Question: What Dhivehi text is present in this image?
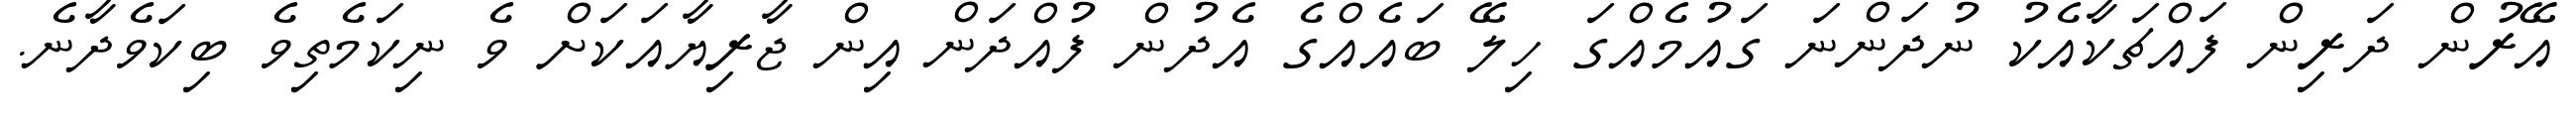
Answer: އޭރުން ދަރިން ފައްޗަކާއެކު ނުދަންނަ ގައުމެއްގަ ހިލޭ ބައެއްގެ އެދުން ފުއްދަން އިން ޖާރިޔާއަކަށް ވެ ނިކަމެތިވެ ބިކަވެދާނެ.